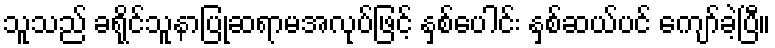
သူသည် ခရိုင်သူနာပြုဆရာမအလုပ်ဖြင့် နှစ်ပေါင်း နှစ်ဆယ်ပင် ကျော်ခဲ့ပြီ။